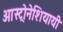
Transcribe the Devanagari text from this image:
आस्ट्रोनेशियायी